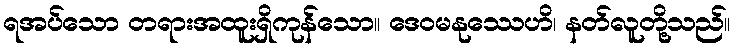
ရအပ်သော တရားအထူးရှိကုန်သော။ ဒေဝမနုဿေဟိ၊ နတ်လူတို့သည်။